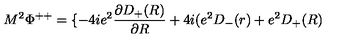
M ^ { 2 } { \Phi } ^ { + + } = \{ - 4 i e ^ { 2 } \frac { { \partial } D _ { + } ( R ) } { { \partial } R } + 4 i ( e ^ { 2 } D _ { - } ( r ) + e ^ { 2 } D _ { + } ( R )